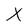
Character: X